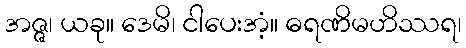
အဇ္ဇ၊ ယခု။ ဒေမိ၊ ငါပေးအံ့။ ဓရဏိမဟိဿရ၊